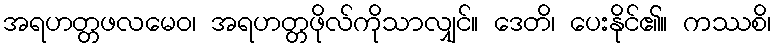
အရဟတ္တဖလမေဝ၊ အရဟတ္တဖိုလ်ကိုသာလျှင်။ ဒေတိ၊ ပေးနိုင်၏။ ကဿစိ၊